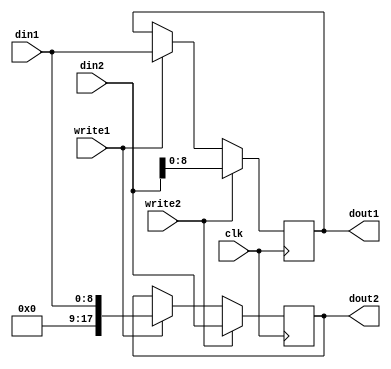
`timescale 1ns / 1ps

module MDR(
    input clk,
    input write1,
    input write2,
    input [8:0] din1,
    input [17:0] din2,
    output reg[8:0] dout1 =9'b0,
    output reg[17:0] dout2=18'b0
);

always @(posedge clk)
	begin
        if (write1) begin
            dout1 <= din1;
            dout2 <= {9'b0,din1};
        end
        if (write2) begin
            dout1 <= din2[8:0];
            dout2 <= din2;
        end
	end
endmodule